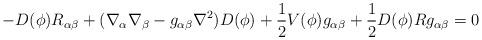
LaTeX: \begin{align*}-D(\phi)R_{\alpha\beta} + (\nabla_{\alpha}\nabla_{\beta} - g_{\alpha\beta}\nabla^{2})D(\phi) + \frac{1}{2} V(\phi)g_{\alpha\beta} +\frac{1}{2} D(\phi)Rg_{\alpha\beta} = 0\end{align*}